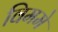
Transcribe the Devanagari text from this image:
विममे